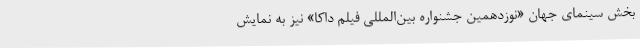
بخش سینمای جهان «نوزدهمین جشنواره‌ بین‌المللی فیلم داکا» نیز به نمایش